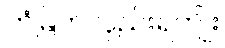
တံမြက်လှည်းရကျိုး